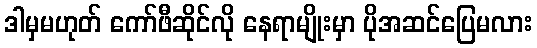
ဒါမှမဟုတ် ကော်ဖီဆိုင်လို နေရာမျိုးမှာ ပိုအဆင်ပြေမလား